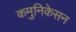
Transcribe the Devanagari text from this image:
कमुनिकेसन